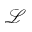
\mathcal { L }